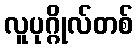
လူပုဂ္ဂိုလ်တစ်